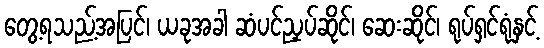
တွေ့ရသည့်အပြင်၊ ယခုအခါ ဆံပင်ညှပ်ဆိုင်၊ ဆေးဆိုင်၊ ရုပ်ရှင်ရုံနှင့်